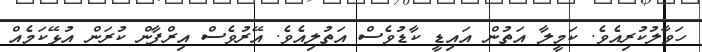
ހަވާލުކުރިއެވެ. ކަމީލާ އަތުން އައިޑީ ކާޑުވެސް އަތުލިއެވެ. އޭރުވެސް އިރްފާން ކުރަން އުޅޭކަމެއް